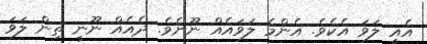
އެއީ ލަވަ އެކެވެ. އެންމެ ލަވައެއް ނޫނެވެ. ދެއެއް ނޫނީ ތިން ލަވަ